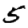
Digit: 5